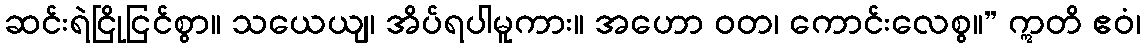
ဆင်းရဲငြိုငြင်စွာ။ သယေယျ၊ အိပ်ရပါမူကား။ အဟော ဝတ၊ ကောင်းလေစွ။” ဣတိ ဧဝံ၊